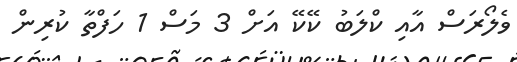
ވެލޯރަސް އާއި ކްލަބު ކޭކޭ އަށް 3 މަސް 1 ހަފްތާ ކުރިން